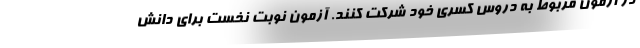
در آزمون مربوط به دروس کسری خود شرکت کنند. آزمون نوبت نخست برای دانش